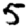
Digit: 5